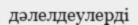
дәлелдеулерді